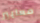
معايير